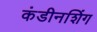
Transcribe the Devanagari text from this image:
कंडीनशिंग